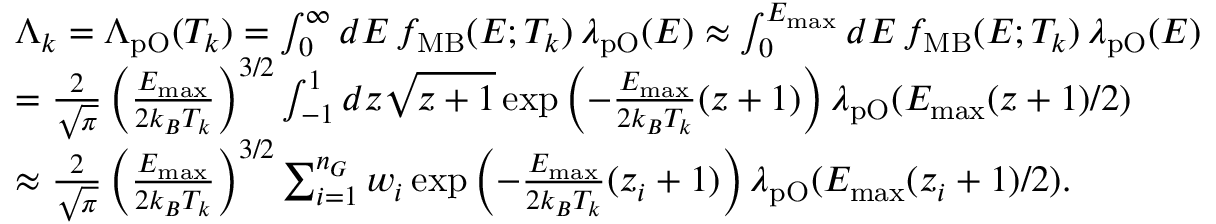
\begin{array} { r l } & { \Lambda _ { k } = \Lambda _ { \mathrm { p O } } ( T _ { k } ) = \int _ { 0 } ^ { \infty } d E \, f _ { \mathrm { M B } } ( E ; T _ { k } ) \, \lambda _ { \mathrm { p O } } ( E ) \approx \int _ { 0 } ^ { E _ { \mathrm { m a x } } } d E \, f _ { \mathrm { M B } } ( E ; T _ { k } ) \, \lambda _ { \mathrm { p O } } ( E ) } \\ & { = \frac { 2 } { \sqrt { \pi } } \left( \frac { E _ { \mathrm { m a x } } } { 2 k _ { B } T _ { k } } \right) ^ { 3 / 2 } \int _ { - 1 } ^ { 1 } d z \sqrt { z + 1 } \exp \left( - \frac { E _ { \mathrm { m a x } } } { 2 k _ { B } T _ { k } } ( z + 1 ) \right) \lambda _ { \mathrm { p O } } ( E _ { \mathrm { m a x } } ( z + 1 ) / 2 ) } \\ & { \approx \frac { 2 } { \sqrt { \pi } } \left( \frac { E _ { \mathrm { m a x } } } { 2 k _ { B } T _ { k } } \right) ^ { 3 / 2 } \sum _ { i = 1 } ^ { n _ { G } } w _ { i } \exp \left( - \frac { E _ { \mathrm { m a x } } } { 2 k _ { B } T _ { k } } ( z _ { i } + 1 ) \right) \lambda _ { \mathrm { p O } } ( E _ { \mathrm { m a x } } ( z _ { i } + 1 ) / 2 ) . } \end{array}